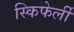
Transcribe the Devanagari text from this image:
स्किफेर्ली